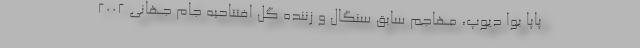
پاپا بوا دیوپ، مهاجم سابق سنگال و زننده گل افتتاحیه جام جهانی ۲۰۰۲